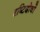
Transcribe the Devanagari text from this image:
दृष्टिदोषों